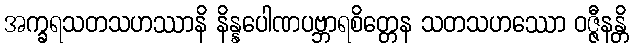
အက္ခရသတသဟဿာနိ နိန္နပေါဏပဗ္ဘာရစိတ္တေန သတသဟဿော ဝဇ္ဇီနန္တိ